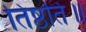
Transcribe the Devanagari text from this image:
तिष्ठति॥